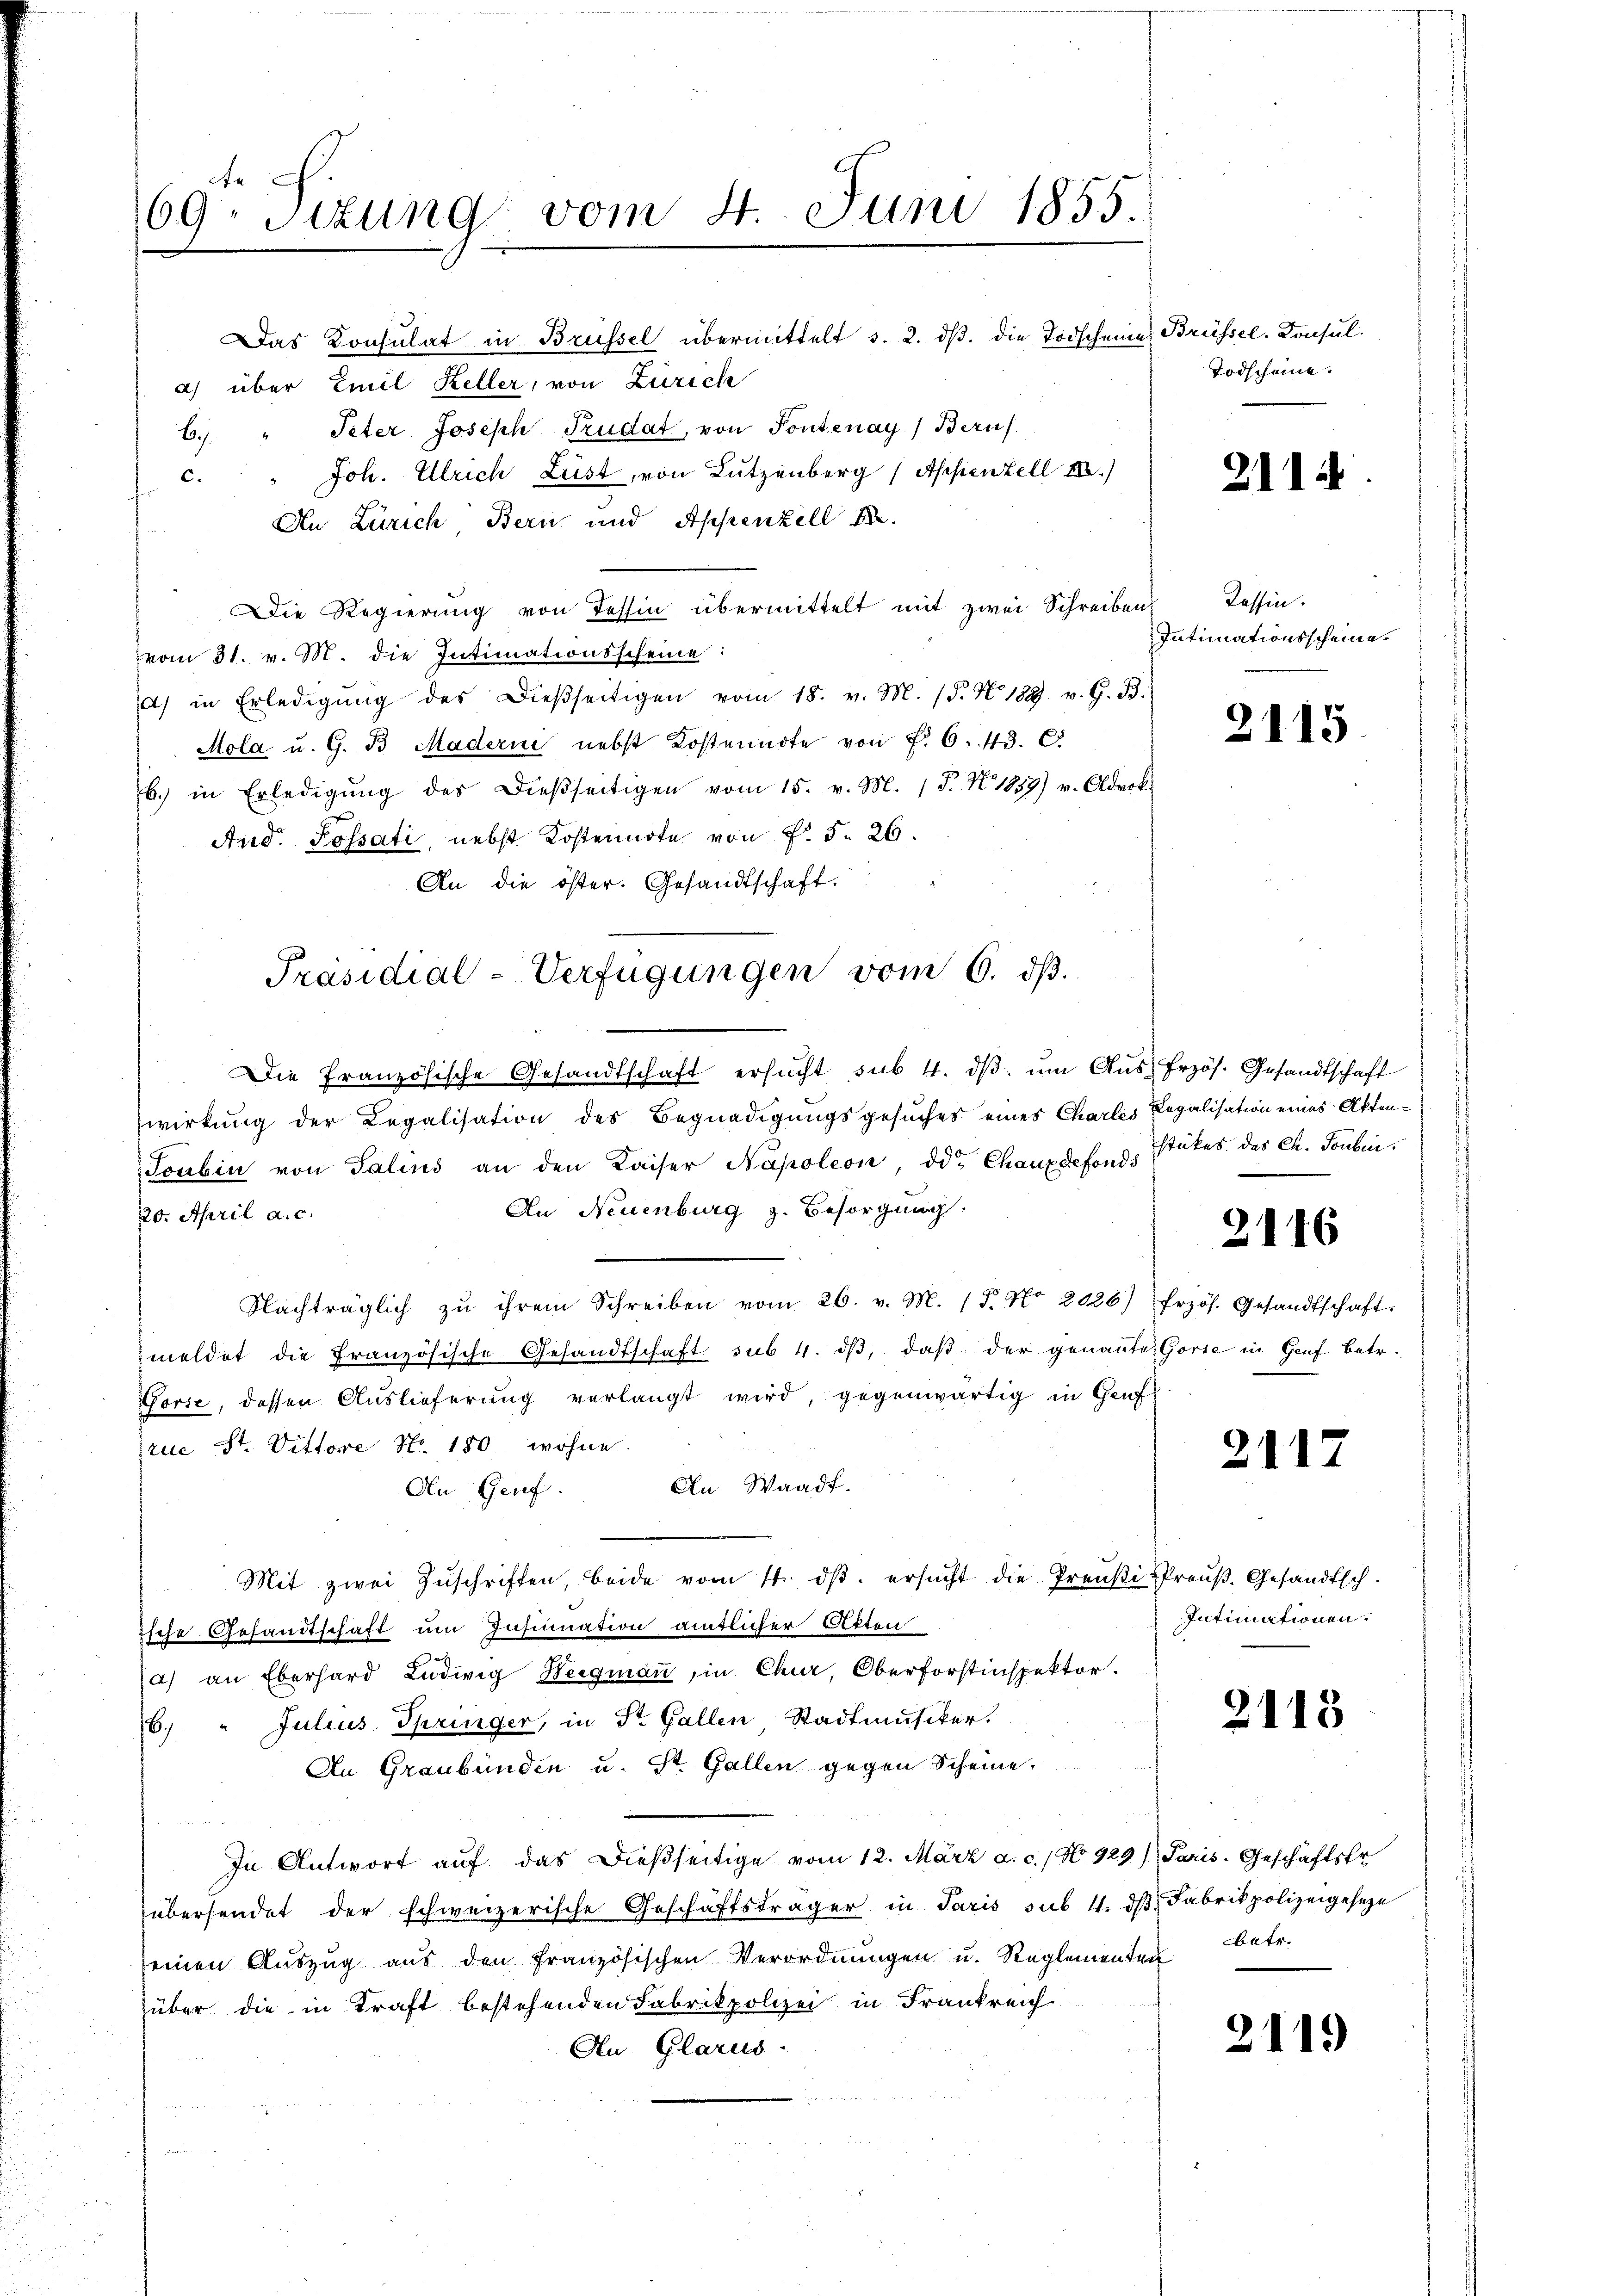
e
69. Tizung vom 4. Juni 1855.

Das Konsulat in Brüssel übermittelt s. 2. dβ. die Todscheine Brüssel. Konsul-
a) über Emil Keller, von Zürich
6. " Peter Joseph Trudat, von Pontenay) Beruf
Joh. Ulrich Lust, von Lutzenberg (Appenzell I.
c.
An Zürich, Bern und Appenzell
Die Regierung von Tessin übermittelt mit zwei Schreiben
vom 31. v. M. die Intimationsscheine:
a) in Erledigŭng des Dieβseitigen vom 18. v. M. (§. N. 189. v. G. B.
Mola u. G. B. Maderne nebst Kostenndte von f. 6. 43. C
b. in Erledigŭng des Dieβseitigen vom 15. v. M. (T. N. 1859) v. Oldeck
And. Possati, nebst Kostennote von P. §. 26.
An die öster. Gesandtschaft.
Die Französische Gesandtschaft ersŭcht sub 4. dβ ŭm Aŭsfrzös. Gesandtschaft
wirkung der Legalisation des Begnadigungsgesuches eines Charles Legalisation eines Akten¬
Toubin von Talins an den Kaiser Napoleon, od. Chauxdefonds
An Neuenburg z. Besorgung.
120. April a. c.
Nachträglich zu ihrem Schreiben vom 26. v. M. 15. No. 2026)
zmeldet die Französische Gesandtschaft sus 4. dβ, daβ der genannte
Gorse, dessen Auslieferŭng verlangt wird, gegenwärtig in Genf
rue St. Vittore No. 180, wohne
An Waadt.
An Genf.
Mit zwei Zŭschriften, beide vom 14. dβ. ersŭcht die Preußi Preŭβ. Gesandtsch-
ische Gesandtschaft um Insinuation amtlicher Atten
a) an Eberhard Ludwig Weegman, in Chur, Oberforstinspektor.
6. " Julius Springer, in Dr. Gallen Stadtmusiker.
In Graubünden u. St. Gallen gegen Scheine.
In Antwort auf das dießseitige vom 12. März a. c., No 929) Paris-Geschäftsfr
übersendet der schweizerische Geschäftsträger in Paris sub. 4. dβ Fabrik polizeigeseze
seinen Aŭszŭg aŭs den französischen Verordnŭngen u. Reglementen betr.
über die in Kraft bestehenden Fabrikpolizei in Frankreich
Au. Glarus.

Präsidial-Verfügungen vom 6. dβ.

Todscheine

211

Kassin.
Intimationsscheine.

2115

stükes des Ch. Toubin.

2116

frzös. Gesandtschaft.
 Gorie in Genf betr.

2117

Intimationen.

2115

2119